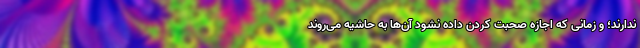
ندارند؛ و زمانی که اجازه صحبت کردن داده نشود آن‌ها به حاشیه می‌روند